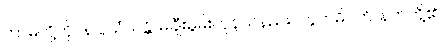
ကာမတို့ကို။ န ပ္ပသံသန္တိ၊ မချီးမွမ်းကုန်သနည်း။ ဘူတဓိပတိ၊ နတ်တို့၏